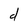
Character: d